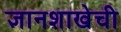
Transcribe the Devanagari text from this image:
ज्ञानशाखेची